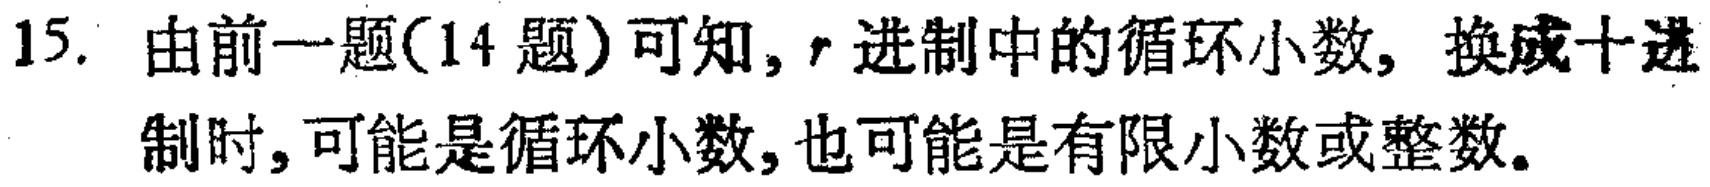
15. 由前一题(14 题)可知, \(r\) 进制中的循环小数, 换成十进制时,可能是循环小数,也可能是有限小数或整数。